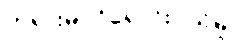
တရားမဝင်ရောင်းဝယ်မှု